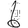
Digit: 6